Code of medical and sanitary regulations for the guidance of medical officers serving in the Madras Presidency - Volume I
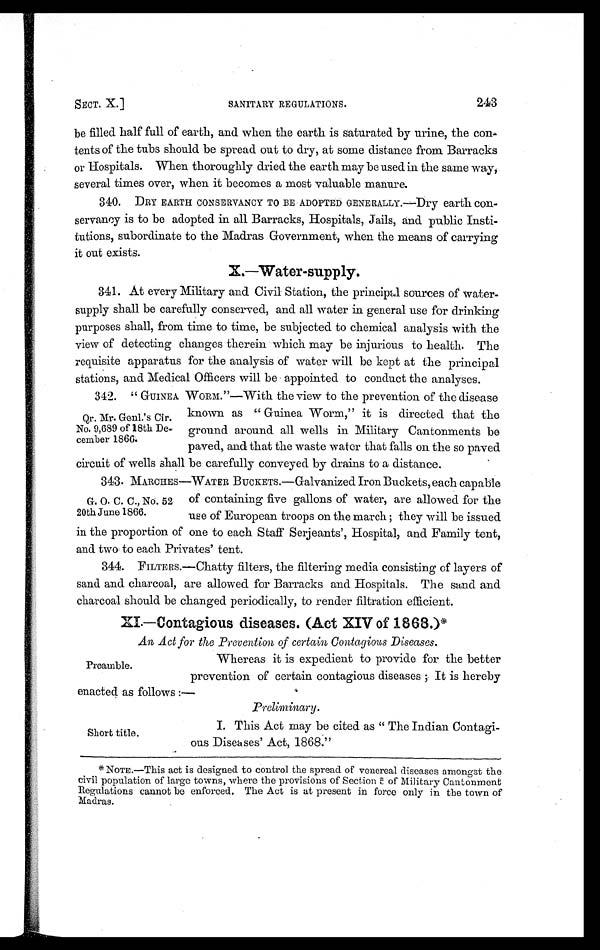
SECT. X.]
SANITARY REGULATIONS.
243
be filled half full of earth, and when the earth is saturated by urine, the con
- t e n t s o f t h e t u b s s h o u l d b e s p r e a d o u t t o d r y , a t s o m e d i s t a n c e f r o m B a r r a c k s
or Hospitals. When thoroughly dried the earth may be used in the same way,
several times over, when it becomes a most valuable manure.
340. DRY EARTH CONSERVANCY TO BE ADOPTED GENERALLY.—Dry earth con-
servancy is to be adopted in all Barracks, Hospitals, Jails, and public Insti-
tutions, subordinate to the Madras Government, when the means of carrying
it out exists.
X.—Water-supply.
341. At every Military and Civil Station, the principal sources of water-
supply shall be carefully conserved, and all water in general use for drinking
purposes shall, from time to time, be subjected to chemical analysis with the
view of detecting changes therein which may be injurious to health. The
requisite apparatus for the analysis of water will be kept at the principal
stations, and Medical Officers will be appointed to conduct the analyses.
Qr. Mr. Genl.'s Cir.
No. 9,689 of 18th De-
cember 1866.
342. " GUINEA WORM."—With the view to the prevention of the disease
known as " Guinea Worm," it is directed that the
ground around all wells in Military Cantonments be
paved, and that the waste water that falls on the so paved
circuit of wells shall be carefully conveyed by drains to a distance.
G. O. C. C., No. 52
20th June 1866.
343. MARCHES—WATER BUCKETS.—Galvanized Iron Buckets, each capable
of containing five gallons of water, are allowed for the
use of European troops on the march ; they will be issued
in the proportion of one to each Staff Serjeants', Hospital, and Family tent,
and two to each Privates' tent.
344. FILTERS.—Chatty filters, the filtering media consisting of layers of
sand and charcoal, are allowed for Barracks and Hospitals. The sand and
charcoal should be changed periodically, to render filtration efficient.
XI.—Contagious diseases. (Act XIV of 1868.)*
An Act for the Prevention of certain Contagious Diseases.
Preamble.
Whereas it is expedient to provide for the better
prevention of certain contagious diseases It is hereby
enacted as follows :—
Preliminary.
Short title.
I. This Act may be cited as " The Indian Contagi-
ous Diseases' Act, 1868."
*NOTE.—This act is designed to control the spread of venereal diseases amongst the
civil population of large towns, where the provisions of Section 5 of Military Cantonment
Regulations cannot be enforced. The Act is at present in force only in the town of
Madras.